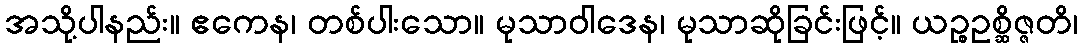
အသို့ပါနည်း။ ဧကေန၊ တစ်ပါးသော။ မုသာဝါဒေန၊ မုသာဆိုခြင်းဖြင့်။ ယဉ္စဥစ္ဆိဇ္ဇတိ၊